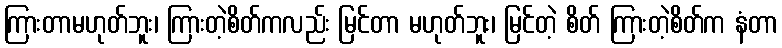
ကြားတာမဟုတ်ဘူး၊ ကြားတဲ့စိတ်ကလည်း မြင်တာ မဟုတ်ဘူး၊ မြင်တဲ့ စိတ် ကြားတဲ့စိတ်က နံတာ